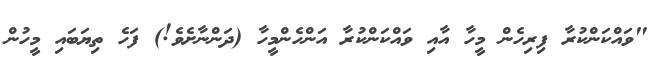
"ވައްކަންކުރާ ފިރިހެން މީހާ އާއި ވައްކަންކުރާ އަންހެންމީހާ (ދަންނާށެވެ!) ފަހެ ތިޔަބައި މީހުން